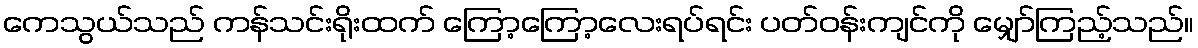
ကေသွယ်သည် ကန်သင်းရိုးထက် ကြော့ကြော့လေးရပ်ရင်း ပတ်ဝန်းကျင်ကို မျှော်ကြည့်သည်။